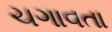
ચગાવતા